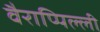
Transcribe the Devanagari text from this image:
वैराप्पिल्ली